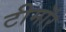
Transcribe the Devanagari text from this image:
टीमॉर